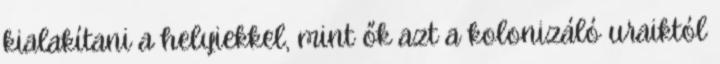
kialakítani a helyiekkel, mint ők azt a kolonizáló uraiktól